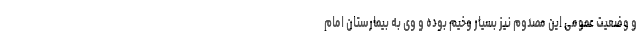
و وضعیت عمومی این مصدوم نیز بسیار وخیم بوده و وی به بیمارستان امام